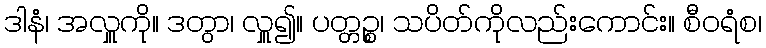
ဒါနံ၊ အလှူကို။ ဒတွာ၊ လှူ၍။ ပတ္တဉ္စ၊ သပိတ်ကိုလည်းကောင်း။ စီဝရံစ၊